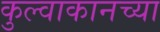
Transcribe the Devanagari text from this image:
कुल्वाकानच्या